Vital statistics of India. Vol. IV, Annual returns from 1871 to 1876. British Army of India, Native Army and jails of Bengal
Year: 1871
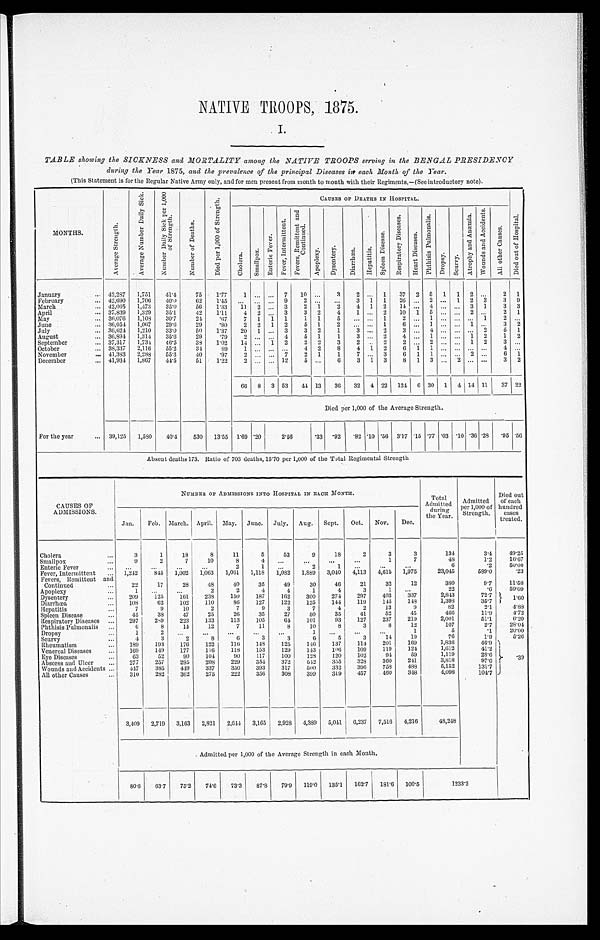
NATIVE TROOPS, 1875.
I.
TABLE showing the SICKNESS and MORTALITY among the NATIVE TROOPS serving in the BENGAL PRESIDENCY
during the Year 1875, and the prevalence of the principal Diseases int each Month of the Year.
(This Statement is for the Regular Native Army only, and for men present from month to month with their Regiments,-(See introductory note).
MONTIIS.
o
p
-
r n
;,.
E. ,
•
•
t
us
P-.
0
...
:- .. .
.,.. .
L, ..,
to
5
. E, .
:.•
,
.
,..,t
,
Eli .' ,.;' ,
:.-,-..
7:: '4
A t
t
';,- -:.
... ..
z
A
,-._.
0
t
..
',4
..T
to
Pi
;--.
c...
.
o o
,--,
t
p•
.--, ..
4
CAUSES OF DEATHS IN HOSPITAL.
.
g
-§
.7.,
S
„I
o
, E. ,
'
,
(0'
..
F. 1
....
„
1. -. ) ,
--' ,
, . -. 1
-'6
:•-,"
:=•
-';.:
g
ti.
'
„
.,-,
r
i -.
a
- 2.,-
:.. -; t''
- .F.i
4 0
c)
6
' „
c..,
P.,°„
4
-c.
p:-.
78
4- ...
'-'
2 ,
A
d
,
.P-n
8
....,
A
.2:
.
0°- ,
C.)
.
2
.
4. "
,
co
,
t
*4
8
:
r '''
C.,
E
T.,
r4
2
4
•
8
.
r"-
a
g
'-'
P"'
.' 4. '
,
-'
72.
g-i
P.,
p;
.
P., o
;•-n
A
.
h
5
v
..11
c.i
.:3
-4
,,
0
,...i
..-7
2
-1.a
ci 3
-,=:
r-
' 8
c.,
,
0
c.:
4)
F., 8
,
.,:.' .
'
u: c,
1)
a
o
':
o
7,1
..-.1
•
a, .
n -,
--,
,-.
'-'
,g
• ^'
q
January
... 42,287
1,751
41'4
75
1'77
1 ... ...
7
10 ...
3
2 ...
1
37
2 5
1
1
2 ...
2
1
February
... 42,690
1,706
40'0
62
1'45 ,
...
... ...
9
3
1
1
26 ...
2 ...
l
2
3
3
9
March
... 42,005
1,473
35'0
56
1'33
11
2 ...
3
2
1
2
4
1
2
11 ...
4 ... ...
3
1
3
3
April
•.. 37,139
1,329
35'1
42
1'11
4
2 ...
3
3
2
4
1 ...
2
10
1
5 ... ...
2 ...
2
1
Slay
... 36,076
1,108
30'7
21
'67
7
1
1
1
1
1
June
... 311,054
1,067
29:0
29
'80
2
2
1
2
5
1
2
1
6
1
1
3
2
July
... 86,624
1,210
33'0
50
1'37
20
1 ...
3
3
2
1
3 ...
2
6
1
August
... 30,831
1,314
35'6
23
'79
5
1
1
3 ...
2
4 ...
1 ... ...
1
2
1
2
September
... 37,317
1,731
46'5
33
1'02
14 ...
1
22
2
3
2
2
2 ...
2 ... ...
1
2
October
... 31,337
2,116
55'2,
31
89
•
2
8
4
1
2
6
1
1 ... ... ... ...
4 ...
November
... 41,333
2,288
55'3
40
'97
2
7
2
1
1
7 ...
3
6
1
1 ...
2
6
1
December
For the year
... 41,934
1,867
41.5
51
1'22
2 ... ... 12
5
6
3
1
3
8
1
3 ...
2 ... ...
3
2
66
8
3 53
44 13
36
32
4 22I 121 1 6 30
1
4 11 11
37 22
Died per 1,000 of the Average Strength.
... 39,125
1,550
40'4
530
13'55 1'69 '20
2'50
'33 '92
'82 '10 '56 3'17 '15 '77 '03 '10 '36 '28
'95 '56
Absent deaths 173. Ratio of 703 deaths, 15'70 per 1,000 of the Total Regimental Strength
.........s.....
CAUSES OF
ADMISSIONS.
NITUBER OF ADMISSIONS INTO HOSPITAL IN EA.CII Moran.
Total
Admitted
the Year.
Admitted
Pse t rr1e, n 0g 00
th
of
Died out
of each
hundred
treated.
Jan.
Feb. March. April.
May.
June.
July.
Aug.
Sept.
Oct.
Nov.
Dee.
Cholera
Smallpox
...
...
3
9
1
2
18
7
8
10
11
8
5
53
0
...
18
...
2
...
3
1
3
7
131
48
3,1
1'2
49'25
16'67
Enteric Fever
...
...
...
...
...
2
2
1
...
...
...
6
'2
50'00
Fever, Intermittent
...
1,242
845
1,002
1,063
1,061
1,118
1,012
1,S89
3,010
4,113
4,615
1,975
23,045
589'0
'23
Fevers, Remittent
Continued
and
...
22
17
28
48
40
35
49
30
46
21
32
12
310
9'7
'6
11'58
59'09
Apoplexy
1
..
2
2
4
4
1
4
3
403
3:37
2,813
72'7 I
Dysentery
...
209
125
161
23S
150
187
162
300
274
297
..
1 60
Diarrhoea
...
108
62
102
110
2
86
7
127
9
122
3
125
7
141
-1
119
2
145
13
143
9
1,398
82
35'7
2'1
4'83
Hepatitis
...
7
9
10
Spleen Disease
45
38
47
25
26
35
27
50
35
41
52
45
219
466
2,001.
11'9
51'1
4'72
6'20
Respiratory Diseases ...
297
2,9
223
133
113
105
64
101
93
127
237
12
107
2'7
28'01
Phthisis Pulmonalis
...
6
s
14
12
7
11
8
10
8
3
8
1
5
'1
20'00
Dropsy
...
1
2
...
...
...
...
3
...
5
...
3
...
11
13
76
1'9
5'26
Scurvy
...
4
3
2
8
6
3
6
201
169
1,8:36
46'9`,
Rheumatism
...
189
193
176
122
116
143
125
146
137
114
Venereal Diseases
...
169
149
177
116
118
153
129
143
106
101)
119
91
124
59
1,612
1,119
,1 2
1
28:6
Eye Diseases
...
63
52
90
101
90
117
100
128
120
102
360
211
3,818
39
Abscess and Ulcer
...
277
257
295
208
229
354
372
512
345
328
113)71:07 r
Wounds and Accidents ...
417
385
419
337
350
393
317
500
332
396
751
488
5,152
All other Causes
...
310
282
362
275
222
356
308
399
319
457
460
348
4,098
101'7 )
_
-
3,409
2,719
3,163
2,821
2,614
3,165
2,928
4,389
5,041
I 6,237
7,516
4,216
4s,94s
. Admitted per 1,000 of the Average Strength in each Month.
80'6
631
75'2
74'6
73'3
87'8
79'9
119'0
135'1
162'7
181'6
100'5
1233'2